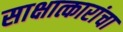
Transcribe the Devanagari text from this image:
साक्षात्कारांचा